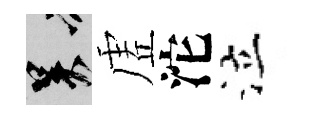
吴虗沱泣